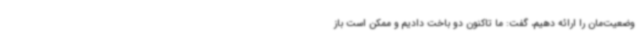
وضعیت‌مان را ارائه دهیم، گفت: ما تاکنون دو باخت دادیم و ممکن است باز